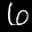
Label: 6